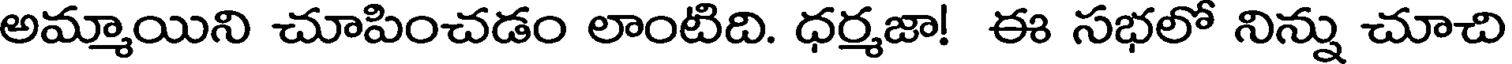
అమ్మాయిని చూపించడం లాంటిది. ధర్మజా! ఈ సభలో నిన్ను చూచి